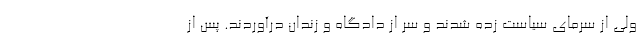
ولی از سرمای سیاست زده شدند و سر از دادگاه و زندان درآوردند. پس از